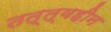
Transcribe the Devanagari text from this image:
तत्त्वहीन